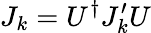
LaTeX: J_{k}=U^{\dagger}J_{k}^{\prime}U